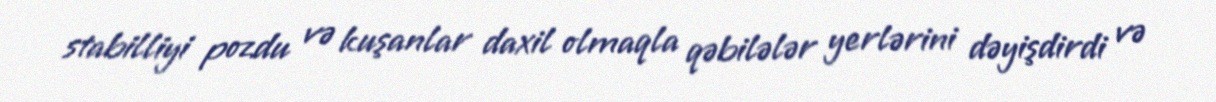
stabilliyi pozdu və kuşanlar daxil olmaqla qəbilələr yerlərini dəyişdirdi və